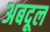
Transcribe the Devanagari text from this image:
अबदूल